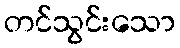
တင်သွင်းသော